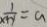
\frac { 1 } { x + y } = a